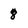
Character: 8